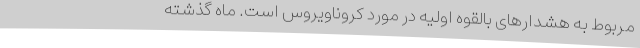
مربوط به هشدارهای بالقوه اولیه در مورد کروناویروس است. ماه گذشته